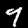
Label: 9